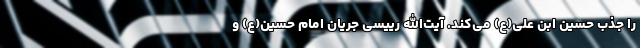
را جذب حسین ابن علی(ع) می‌کند. آیت‌الله رییسی جریان امام حسین(ع) و